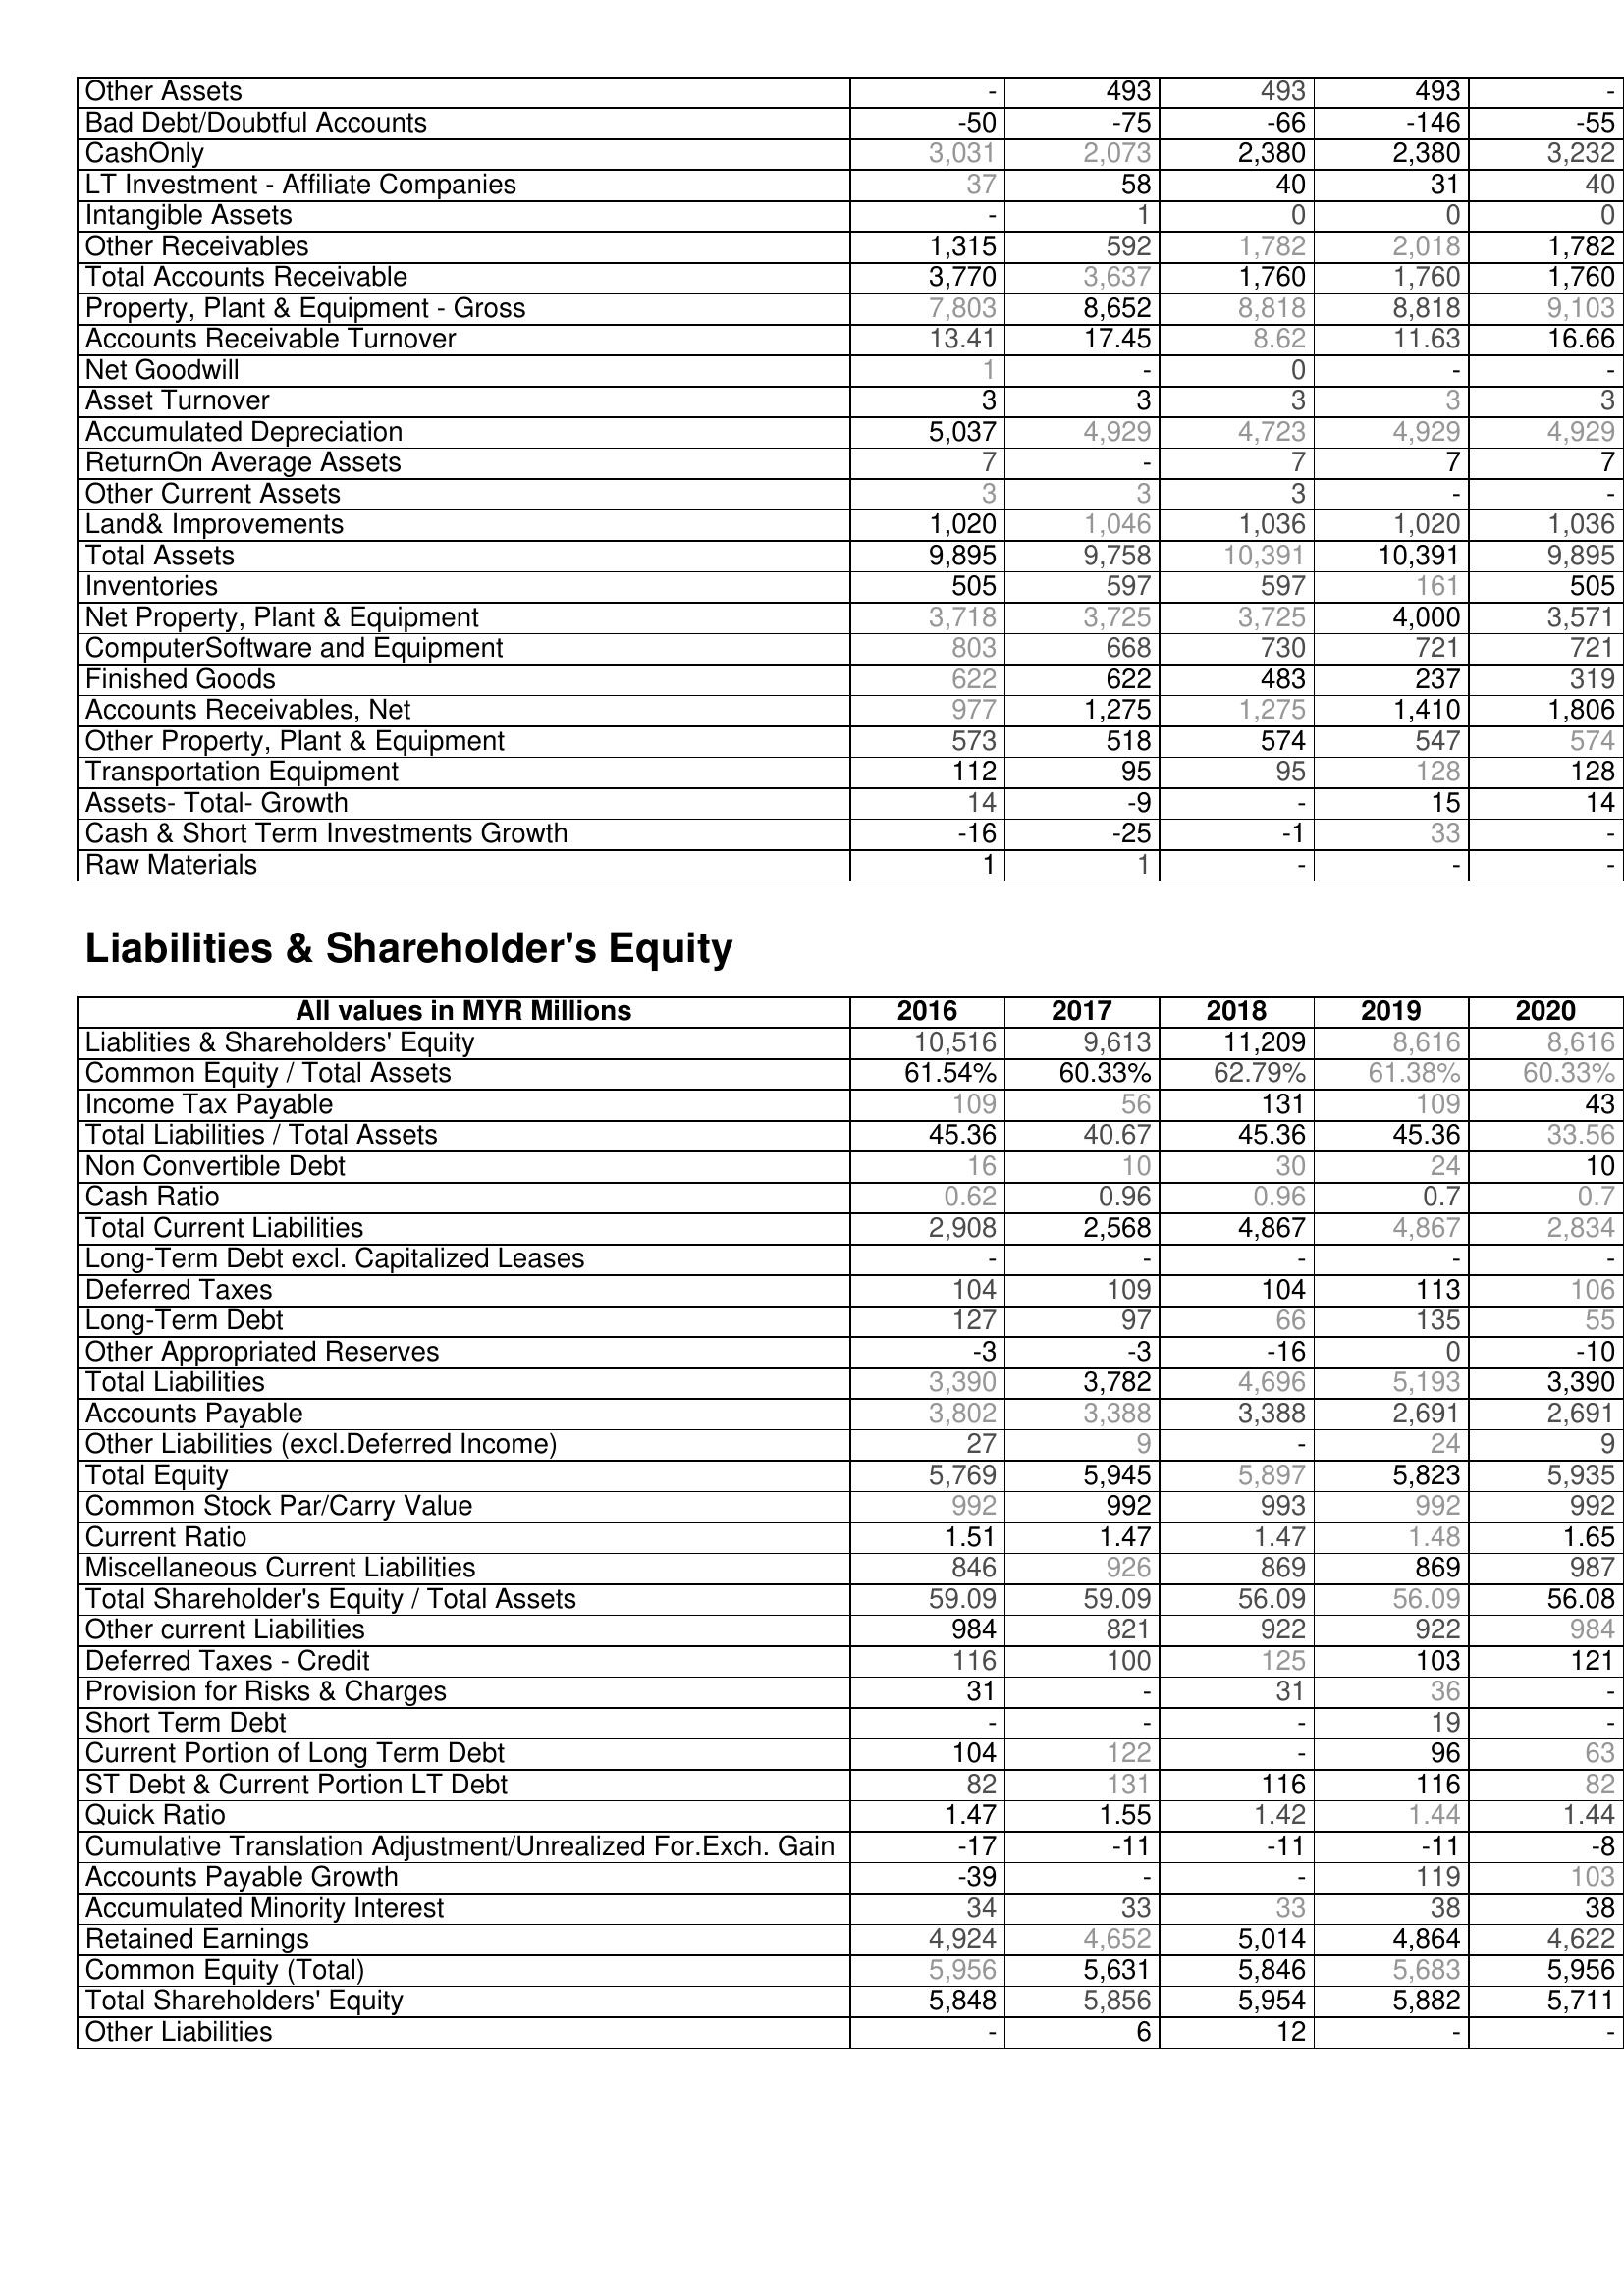
2016: Assets: Other Assets: -
Bad Debt/Doubtful Accounts: -50
CashOnly: 3,031
LT Investment - Affiliate Companies: 37
Intangible Assets: -
Other Receivables: 1,315
Total Accounts Receivable: 3,770
Property, Plant & Equipment - Gross : 7,803
Accounts Receivable Turnover: 13.41
Net Goodwill: 1
Asset Turnover: 3
Accumulated Depreciation: 5,037
ReturnOn Average Assets: 7
Other Current Assets: 3
Land& Improvements: 1,020
Total Assets: 9,895
Inventories: 505
Net Property, Plant & Equipment: 3,718
ComputerSoftware and Equipment: 803
Finished Goods: 622
Accounts Receivables, Net: 977
Other Property, Plant & Equipment: 573
Transportation Equipment: 112
Assets- Total- Growth: 14
Cash & Short Term Investments Growth: -16
Raw Materials: 1
Liabilities & Shareholder's Equity: Liablities & Shareholders' Equity: 10,516
Common Equity / Total Assets: 61.54%
Income Tax Payable: 109
Total Liabilities / Total Assets: 45.36
Non Convertible Debt: 16
Cash Ratio: 0.62
Total Current Liabilities: 2,908
Long-Term Debt excl. Capitalized Leases: -
Deferred Taxes: 104
Long-Term Debt: 127
Other Appropriated Reserves: -3
Total Liabilities: 3,390
Accounts Payable: 3,802
Other Liabilities (excl.Deferred Income): 27
Total Equity: 5,769
Common Stock Par/Carry Value: 992
Current Ratio: 1.51
Miscellaneous Current Liabilities: 846
Total Shareholder's Equity / Total Assets: 59.09
Other current Liabilities: 984
Deferred Taxes - Credit: 116
Provision for Risks & Charges: 31
Short Term Debt: -
Current Portion of Long Term Debt: 104
ST Debt & Current Portion LT Debt: 82
Quick Ratio: 1.47
Cumulative Translation Adjustment/Unrealized For.Exch. Gain: -17
Accounts Payable Growth: -39
Accumulated Minority Interest: 34
Retained Earnings: 4,924
Common Equity (Total): 5,956
Total Shareholders' Equity: 5,848
Other Liabilities: -
2017: Assets: Other Assets: 493
Bad Debt/Doubtful Accounts: -75
CashOnly: 2,073
LT Investment - Affiliate Companies: 58
Intangible Assets: 1
Other Receivables: 592
Total Accounts Receivable: 3,637
Property, Plant & Equipment - Gross : 8,652
Accounts Receivable Turnover: 17.45
Net Goodwill: -
Asset Turnover: 3
Accumulated Depreciation: 4,929
ReturnOn Average Assets: -
Other Current Assets: 3
Land& Improvements: 1,046
Total Assets: 9,758
Inventories: 597
Net Property, Plant & Equipment: 3,725
ComputerSoftware and Equipment: 668
Finished Goods: 622
Accounts Receivables, Net: 1,275
Other Property, Plant & Equipment: 518
Transportation Equipment: 95
Assets- Total- Growth: -9
Cash & Short Term Investments Growth: -25
Raw Materials: 1
Liabilities & Shareholder's Equity: Liablities & Shareholders' Equity: 9,613
Common Equity / Total Assets: 60.33%
Income Tax Payable: 56
Total Liabilities / Total Assets: 40.67
Non Convertible Debt: 10
Cash Ratio: 0.96
Total Current Liabilities: 2,568
Long-Term Debt excl. Capitalized Leases: -
Deferred Taxes: 109
Long-Term Debt: 97
Other Appropriated Reserves: -3
Total Liabilities: 3,782
Accounts Payable: 3,388
Other Liabilities (excl.Deferred Income): 9
Total Equity: 5,945
Common Stock Par/Carry Value: 992
Current Ratio: 1.47
Miscellaneous Current Liabilities: 926
Total Shareholder's Equity / Total Assets: 59.09
Other current Liabilities: 821
Deferred Taxes - Credit: 100
Provision for Risks & Charges: -
Short Term Debt: -
Current Portion of Long Term Debt: 122
ST Debt & Current Portion LT Debt: 131
Quick Ratio: 1.55
Cumulative Translation Adjustment/Unrealized For.Exch. Gain: -11
Accounts Payable Growth: -
Accumulated Minority Interest: 33
Retained Earnings: 4,652
Common Equity (Total): 5,631
Total Shareholders' Equity: 5,856
Other Liabilities: 6
2018: Assets: Other Assets: 493
Bad Debt/Doubtful Accounts: -66
CashOnly: 2,380
LT Investment - Affiliate Companies: 40
Intangible Assets: 0
Other Receivables: 1,782
Total Accounts Receivable: 1,760
Property, Plant & Equipment - Gross : 8,818
Accounts Receivable Turnover: 8.62
Net Goodwill: 0
Asset Turnover: 3
Accumulated Depreciation: 4,723
ReturnOn Average Assets: 7
Other Current Assets: 3
Land& Improvements: 1,036
Total Assets: 10,391
Inventories: 597
Net Property, Plant & Equipment: 3,725
ComputerSoftware and Equipment: 730
Finished Goods: 483
Accounts Receivables, Net: 1,275
Other Property, Plant & Equipment: 574
Transportation Equipment: 95
Assets- Total- Growth: -
Cash & Short Term Investments Growth: -1
Raw Materials: -
Liabilities & Shareholder's Equity: Liablities & Shareholders' Equity: 11,209
Common Equity / Total Assets: 62.79%
Income Tax Payable: 131
Total Liabilities / Total Assets: 45.36
Non Convertible Debt: 30
Cash Ratio: 0.96
Total Current Liabilities: 4,867
Long-Term Debt excl. Capitalized Leases: -
Deferred Taxes: 104
Long-Term Debt: 66
Other Appropriated Reserves: -16
Total Liabilities: 4,696
Accounts Payable: 3,388
Other Liabilities (excl.Deferred Income): -
Total Equity: 5,897
Common Stock Par/Carry Value: 993
Current Ratio: 1.47
Miscellaneous Current Liabilities: 869
Total Shareholder's Equity / Total Assets: 56.09
Other current Liabilities: 922
Deferred Taxes - Credit: 125
Provision for Risks & Charges: 31
Short Term Debt: -
Current Portion of Long Term Debt: -
ST Debt & Current Portion LT Debt: 116
Quick Ratio: 1.42
Cumulative Translation Adjustment/Unrealized For.Exch. Gain: -11
Accounts Payable Growth: -
Accumulated Minority Interest: 33
Retained Earnings: 5,014
Common Equity (Total): 5,846
Total Shareholders' Equity: 5,954
Other Liabilities: 12
2019: Assets: Other Assets: 493
Bad Debt/Doubtful Accounts: -146
CashOnly: 2,380
LT Investment - Affiliate Companies: 31
Intangible Assets: 0
Other Receivables: 2,018
Total Accounts Receivable: 1,760
Property, Plant & Equipment - Gross : 8,818
Accounts Receivable Turnover: 11.63
Net Goodwill: -
Asset Turnover: 3
Accumulated Depreciation: 4,929
ReturnOn Average Assets: 7
Other Current Assets: -
Land& Improvements: 1,020
Total Assets: 10,391
Inventories: 161
Net Property, Plant & Equipment: 4,000
ComputerSoftware and Equipment: 721
Finished Goods: 237
Accounts Receivables, Net: 1,410
Other Property, Plant & Equipment: 547
Transportation Equipment: 128
Assets- Total- Growth: 15
Cash & Short Term Investments Growth: 33
Raw Materials: -
Liabilities & Shareholder's Equity: Liablities & Shareholders' Equity: 8,616
Common Equity / Total Assets: 61.38%
Income Tax Payable: 109
Total Liabilities / Total Assets: 45.36
Non Convertible Debt: 24
Cash Ratio: 0.7
Total Current Liabilities: 4,867
Long-Term Debt excl. Capitalized Leases: -
Deferred Taxes: 113
Long-Term Debt: 135
Other Appropriated Reserves: 0
Total Liabilities: 5,193
Accounts Payable: 2,691
Other Liabilities (excl.Deferred Income): 24
Total Equity: 5,823
Common Stock Par/Carry Value: 992
Current Ratio: 1.48
Miscellaneous Current Liabilities: 869
Total Shareholder's Equity / Total Assets: 56.09
Other current Liabilities: 922
Deferred Taxes - Credit: 103
Provision for Risks & Charges: 36
Short Term Debt: 19
Current Portion of Long Term Debt: 96
ST Debt & Current Portion LT Debt: 116
Quick Ratio: 1.44
Cumulative Translation Adjustment/Unrealized For.Exch. Gain: -11
Accounts Payable Growth: 119
Accumulated Minority Interest: 38
Retained Earnings: 4,864
Common Equity (Total): 5,683
Total Shareholders' Equity: 5,882
Other Liabilities: -
2020: Assets: Other Assets: -
Bad Debt/Doubtful Accounts: -55
CashOnly: 3,232
LT Investment - Affiliate Companies: 40
Intangible Assets: 0
Other Receivables: 1,782
Total Accounts Receivable: 1,760
Property, Plant & Equipment - Gross : 9,103
Accounts Receivable Turnover: 16.66
Net Goodwill: -
Asset Turnover: 3
Accumulated Depreciation: 4,929
ReturnOn Average Assets: 7
Other Current Assets: -
Land& Improvements: 1,036
Total Assets: 9,895
Inventories: 505
Net Property, Plant & Equipment: 3,571
ComputerSoftware and Equipment: 721
Finished Goods: 319
Accounts Receivables, Net: 1,806
Other Property, Plant & Equipment: 574
Transportation Equipment: 128
Assets- Total- Growth: 14
Cash & Short Term Investments Growth: -
Raw Materials: -
Liabilities & Shareholder's Equity: Liablities & Shareholders' Equity: 8,616
Common Equity / Total Assets: 60.33%
Income Tax Payable: 43
Total Liabilities / Total Assets: 33.56
Non Convertible Debt: 10
Cash Ratio: 0.7
Total Current Liabilities: 2,834
Long-Term Debt excl. Capitalized Leases: -
Deferred Taxes: 106
Long-Term Debt: 55
Other Appropriated Reserves: -10
Total Liabilities: 3,390
Accounts Payable: 2,691
Other Liabilities (excl.Deferred Income): 9
Total Equity: 5,935
Common Stock Par/Carry Value: 992
Current Ratio: 1.65
Miscellaneous Current Liabilities: 987
Total Shareholder's Equity / Total Assets: 56.08
Other current Liabilities: 984
Deferred Taxes - Credit: 121
Provision for Risks & Charges: -
Short Term Debt: -
Current Portion of Long Term Debt: 63
ST Debt & Current Portion LT Debt: 82
Quick Ratio: 1.44
Cumulative Translation Adjustment/Unrealized For.Exch. Gain: -8
Accounts Payable Growth: 103
Accumulated Minority Interest: 38
Retained Earnings: 4,622
Common Equity (Total): 5,956
Total Shareholders' Equity: 5,711
Other Liabilities: -